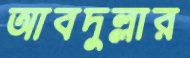
আবদুল্লার